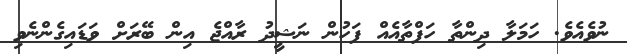
ނުވެއެވެ. ހަމަލާ ދިންތާ ހަފްތާއެއް ފަހުން ނަޝީދު ރާއްޖެ އިން ބޭރަށް ވަޑައިގެންނެވި